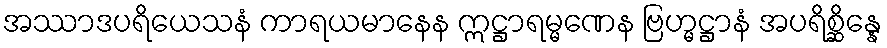
အဿာဒပရိယေသနံ ကာရယမာနေန ဣဋ္ဌာရမ္မဏေန ဗြဟ္မဋ္ဌာနံ အပရိစ္ဆိန္နေ